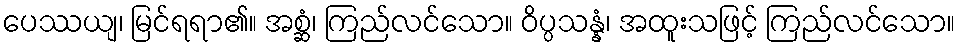
ပေဿယျ၊ မြင်ရရာ၏။ အစ္ဆံ၊ ကြည်လင်သော။ ဝိပ္ပသန္နံ၊ အထူးသဖြင့် ကြည်လင်သော။